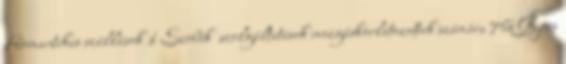
Romantikus szállások 1 Szobák szolgáltatások mozgáskorlátozottak számára 76 Gyors